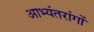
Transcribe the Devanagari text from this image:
आभ्यंतरांगों